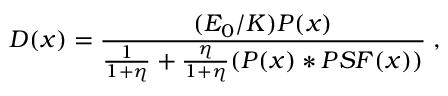
D ( x ) = \frac { ( E _ { 0 } / K ) P ( x ) } { \frac { 1 } { 1 + \eta } + \frac { \eta } { 1 + \eta } ( P ( x ) * P S F ( x ) ) } \; ,